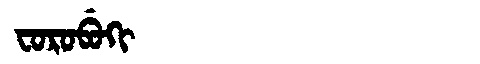
Manchu: ᠸᠣᡵᠣᠪᡠᡴᡳ
Romanization: FOROBUKI